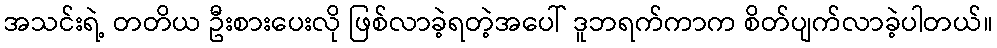
အသင်းရဲ့ တတိယ ဦးစားပေးလို ဖြစ်လာခဲ့ရတဲ့အပေါ် ဒူဘရက်ကာက စိတ်ပျက်လာခဲ့ပါတယ်။